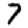
Digit: 7